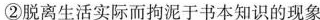
②脱离生活实际而拘泥于书本知识的现象